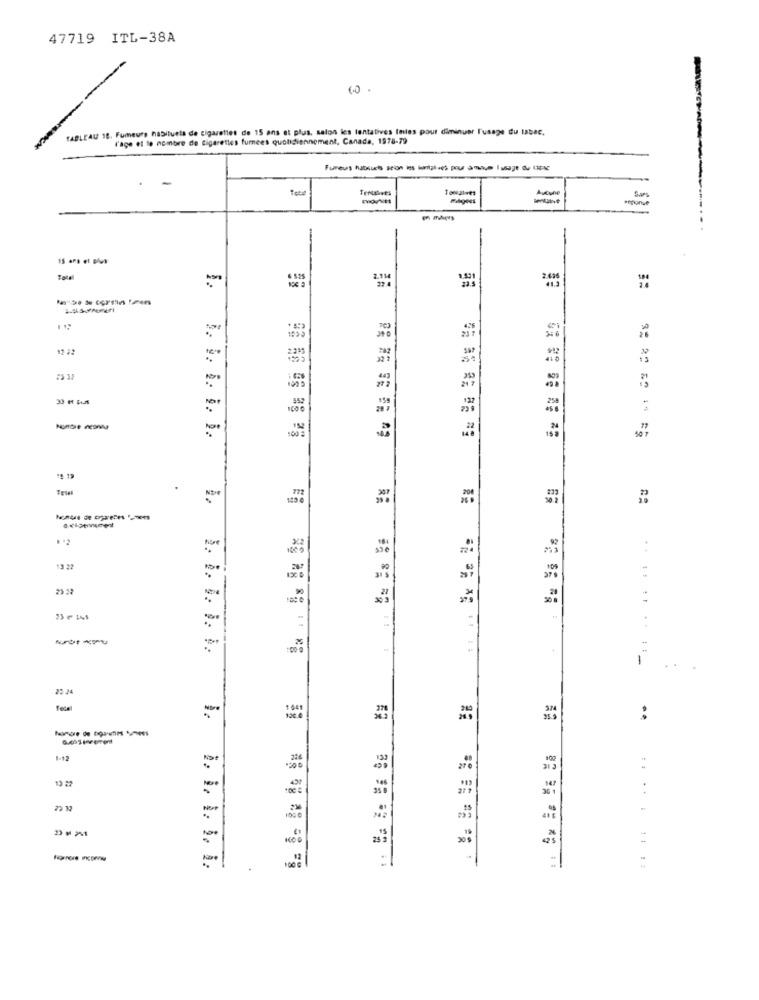
47719 ITL-38A
TABLEAU 18. Fumeurs habituels de cigarettes de 15 ans et plus, salon les lentatives (miles pour diminuer l'usage du tabac.
l'age et le nombre de cigarettes fumees quotidiennement, Canada, 1978-79
Fumeus halbsucts seion ios lontanies pour amoun I usage du LIEN
-
Aucune
Tentalves
reponve
...
Total
2.114
37.4
12 22
-
:00
.........
22 24
1941
=
:
1-12
13 22
100€
..... ....